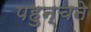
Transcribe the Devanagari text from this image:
पहुन्चने